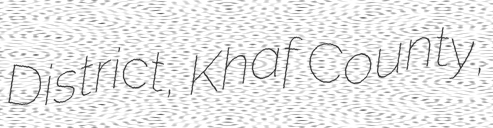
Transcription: District, Khaf County,